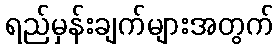
ရည်မှန်းချက်များအတွက်